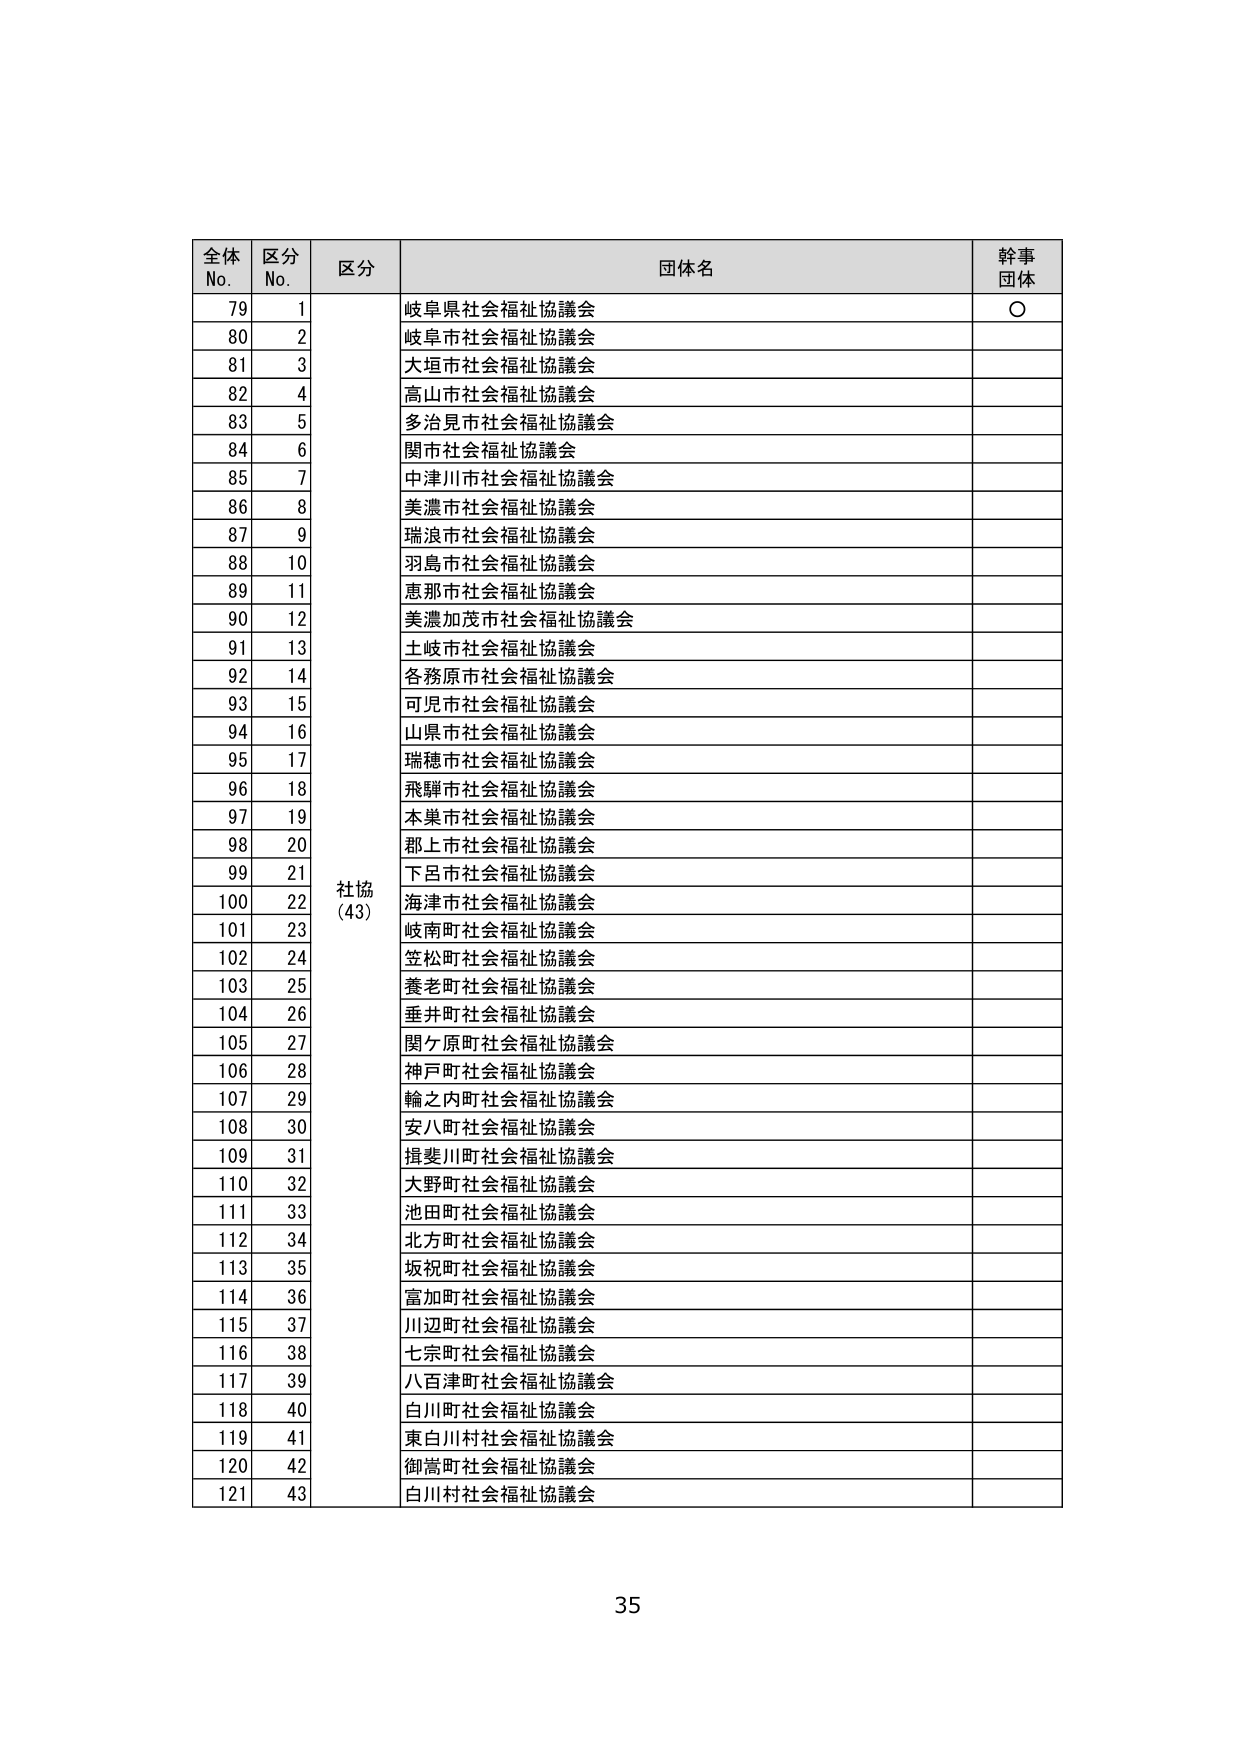
全体
No.
区分
No.
区分
団体名
幹事
団体

79  1  岐阜県社会福祉協議会  ○
80  2  岐阜市社会福祉協議会
81  3  大垣市社会福祉協議会
82  4  高山市社会福祉協議会
83  5  多治見市社会福祉協議会
84  6  関市社会福祉協議会
85  7  中津川市社会福祉協議会
86  8  美濃市社会福祉協議会
87  9  瑞浪市社会福祉協議会
88  10  羽島市社会福祉協議会
89  11  恵那市社会福祉協議会
90  12  美濃加茂市社会福祉協議会
91  13  土岐市社会福祉協議会
92  14  各務原市社会福祉協議会
93  15  可児市社会福祉協議会
94  16  山県市社会福祉協議会
95  17  瑞穂市社会福祉協議会
96  18  飛騨市社会福祉協議会
97  19  本巣市社会福祉協議会
98  20  郡上市社会福祉協議会
99  21  下呂市社会福祉協議会
100 22  海津市社会福祉協議会
101 23  岐南町社会福祉協議会
102 24  笠松町社会福祉協議会
103 25  養老町社会福祉協議会
104 26  垂井町社会福祉協議会
105 27  関ケ原町社会福祉協議会
106 28  神戸町社会福祉協議会
107 29  輪之内町社会福祉協議会
108 30  安八町社会福祉協議会
109 31  揖斐川町社会福祉協議会
110 32  大野町社会福祉協議会
111 33  池田町社会福祉協議会
112 34  北方町社会福祉協議会
113 35  坂祝町社会福祉協議会
114 36  富加町社会福祉協議会
115 37  川辺町社会福祉協議会
116 38  七宗町社会福祉協議会
117 39  八百津町社会福祉協議会
118 40  白川町社会福祉協議会
119 41  東白川村社会福祉協議会
120 42  御嵩町社会福祉協議会
121 43  白川村社会福祉協議会

社協
(43)

35